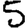
Digit: 5